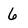
Character: 6